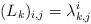
LaTeX: \begin{align*}(L_k)_{i,j} = \lambda_{k,j}^i \end{align*}